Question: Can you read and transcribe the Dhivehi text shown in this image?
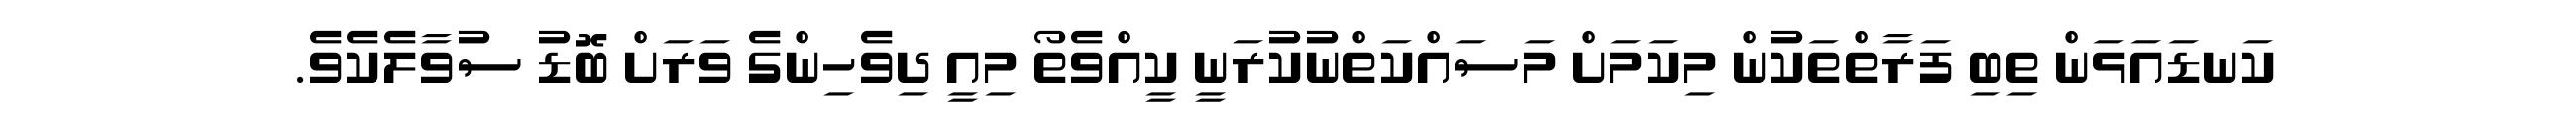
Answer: ކަނޑައަޅަން ތިބި ފަރާތްތަކުން މިކަމަށް މަސައްކަތްނުކުރަނީ ކީއްވެތޯ މިއީ ދިވެހިންގެ ވަރަށް ބޮޑު ސުވާލެކެވެ.